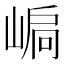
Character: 𡹫